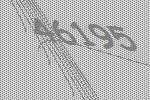
46195